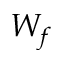
W _ { f }